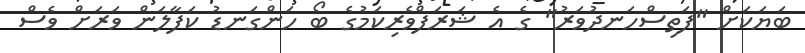
ބަޔަކަށް "ފަތިސްހަނދުވަރު" ގެ އެ ޝަރަފްވެރިކަމުގެ ބޯ ހަންގަނޑު ކަފާލަން ވަރަށް ވެސް